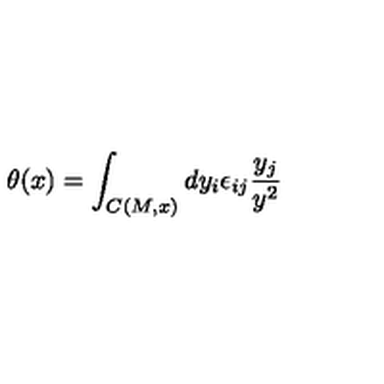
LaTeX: \theta ( x ) = \int _ { C ( M , x ) } d y _ { i } \epsilon _ { i j } \frac { y _ { j } } { y ^ { 2 } }